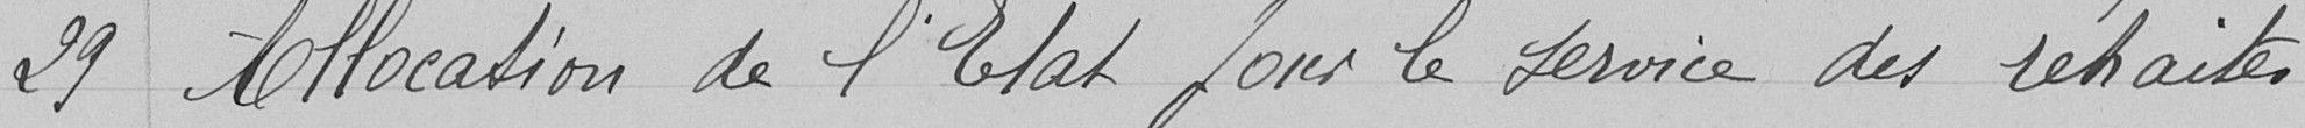
29 Allocation de l'Etat pour le service des retraites